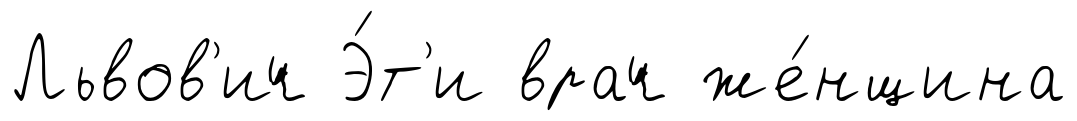
Львов'ич Э́т'и врач же́нщина